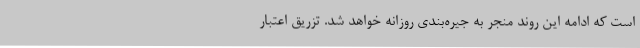
است که ادامه این روند منجر به جیره‌بندی روزانه خواهد شد. تزریق اعتبار